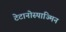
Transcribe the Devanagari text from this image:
टेटानोस्पाज्मिन